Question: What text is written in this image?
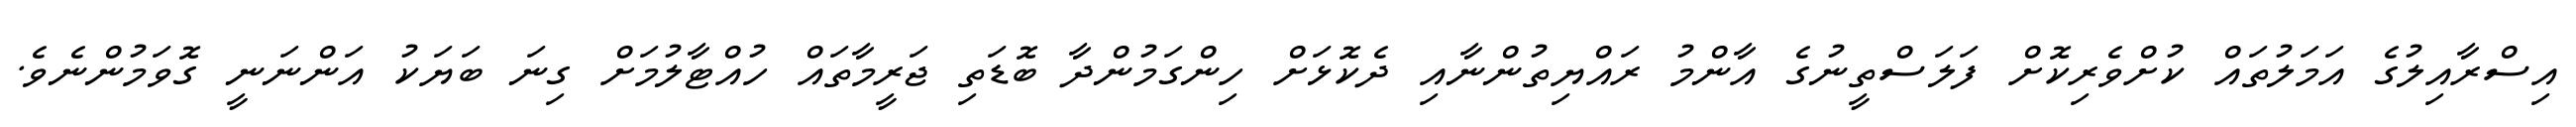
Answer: އިސްރާއިލުގެ އަމަލުތައް ކުށްވެރިކޮށް ފަލަސްތީނުގެ އާންމު ރައްޔިތުންނާއި ދެކޮޅަށް ހިންގަމުންދާ ބޮޑަތި ޖަރީމާތައް ހުއްޓާލުމަށް ގިނަ ބަޔަކު އަންނަނީ ގޮވަމުންނެވެ.